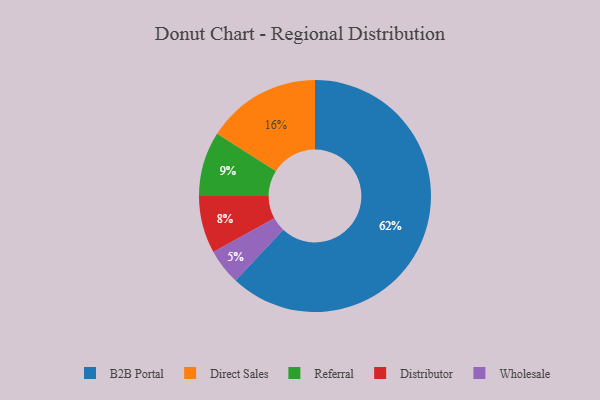
{"axis": {"x": "Category", "y": "Percentage"}, "legend": ["B2B Portal", "Direct Sales", "Distributor", "Referral", "Wholesale"], "data": [{"x": "Wholesale", "y": 5, "type": "Wholesale"}, {"x": "B2B Portal", "y": 62, "type": "B2B Portal"}, {"x": "Distributor", "y": 8, "type": "Distributor"}, {"x": "Direct Sales", "y": 16, "type": "Direct Sales"}, {"x": "Referral", "y": 9, "type": "Referral"}]}